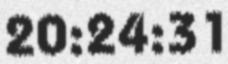
20:24:31